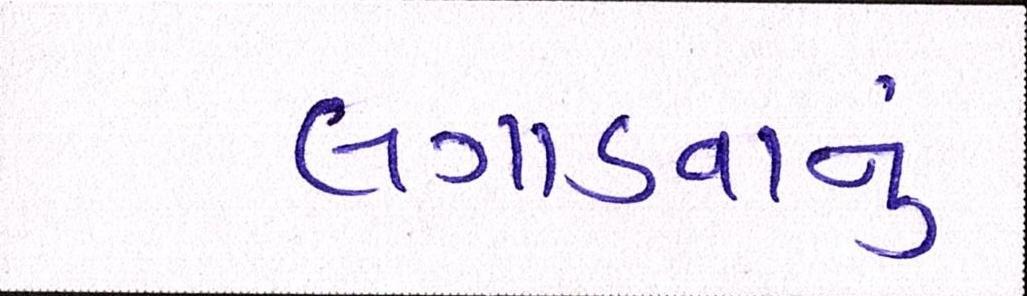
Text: લગાડવાનું